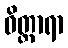
ဝိတ္ထာရာ